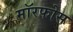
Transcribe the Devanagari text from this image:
मॉरफोस